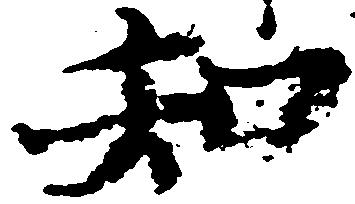
知